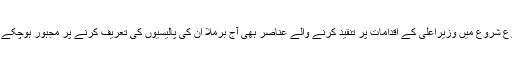
شروع شروع میں وزیراعلیٰ کے اقدامات پر تنقید کرنے والے عناصر بھی آج برملا اُن کی پالیسیوں کی تعریف کرنے پر مجبور ہوچکے ہیں۔